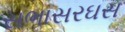
સભાસરઘસ